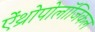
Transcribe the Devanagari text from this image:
ऐंथ्रोपोलॉजिकल